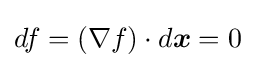
df=(\nabla f)\cdot d{\boldsymbol {x}}=0